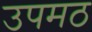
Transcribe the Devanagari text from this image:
उपमठ